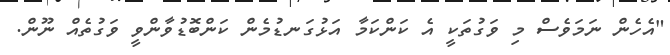
"އެހެން ނަމަވެސް މި ވަގުތަކީ އެ ކަންކަމާ އަޅުގަނޑުމެން ކަންބޮޑުވާންވީ ވަގުތެއް ނޫން.